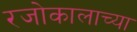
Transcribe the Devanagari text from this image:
रजोकालाच्या